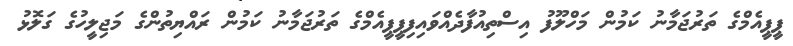
ޕީޕީއެމްގެ ތަރުޖަމާނު ކަމުން މަހްލޫފު އިސްތިއުފާދެއްވައިފިޕީޕީއެމްގެ ތަރުޖަމާނު ކަމުން ރައްޔިތުންގެ މަޖިލީހުގެ ގަލޮޅު